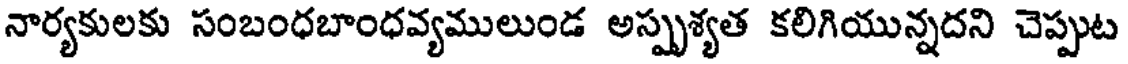
నార్యకులకు సంబంధబాంధవ్యములుండ అస్పృశ్యత కలిగియున్నదని చెప్పుట